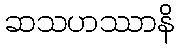
ဆသဟဿာနိ